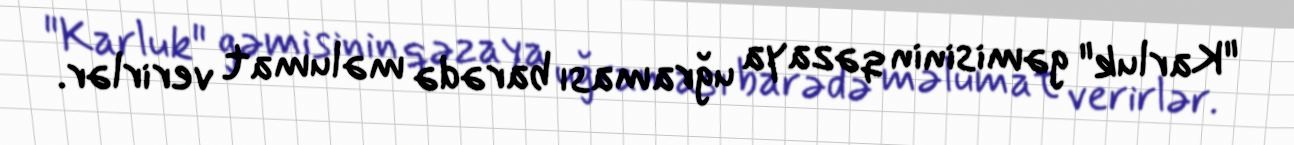
"Karluk" gəmisinin qəzaya uğraması barədə məlumat verirlər.